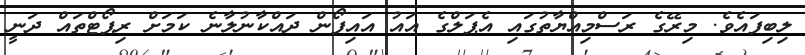
ލިބިފައެވެ. މިރޭގެ ރަސްމިއްޔާތުގައި އެޕަލްގެ އައު އައިފޯން ދައްކާނުލާނެ ކަމަށް ރިޕޯޓްތައް ދަނީ